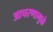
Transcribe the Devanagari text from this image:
आचरणामुळे